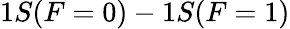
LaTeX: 1S(F=0)-1S(F=1)